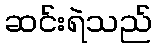
ဆင်းရဲသည်